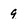
Character: 9